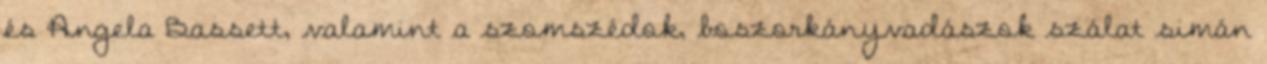
és Angela Bassett, valamint a szomszédok, boszorkányvadászok szálat simán